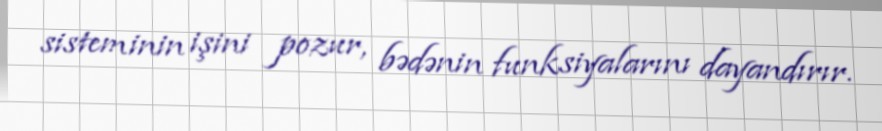
sisteminin işini pozur, bədənin funksiyalarını dayandırır.